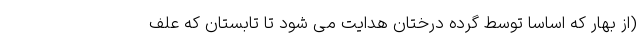
(از بهار که اساسا توسط گرده درختان هدایت می شود تا تابستان که علف